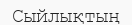
Сыйлықтың